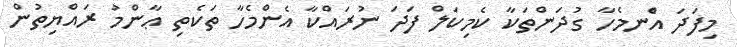
މިފަދަ އެްނމެހާ ގުދަންތަކާ ކެމިކަލް ފަދަ ނުރައްކާ އެންމެހާ ތަކެތި ޢާންމު ރައްޔިތުން